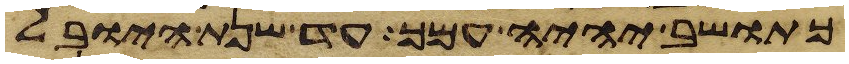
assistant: כתושב יהיה עמך עד שנת היובל